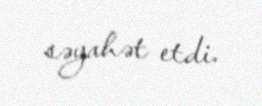
səyahət etdi.